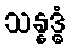
သန္နဒ္ဓံ